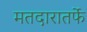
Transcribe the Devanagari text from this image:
मतदारातर्फे